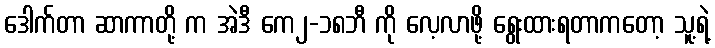
ဒေါက်တာ ဆာကာတို့ က အဲဒီ ကေ၂-၁၈ဘီ ကို လေ့လာဖို့ ရွေးထားရတာကတော့ သူ့ရဲ့